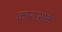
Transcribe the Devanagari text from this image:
काराओके